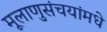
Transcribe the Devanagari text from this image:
मूलाणुसंचयांमधे